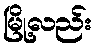
မြို့လည်း